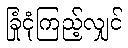
ခြုံငုံကြည့်လျှင်